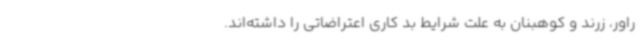
راور، زرند و کوهبنان به علت شرایط بد کاری اعتراضاتی را داشته‌اند.